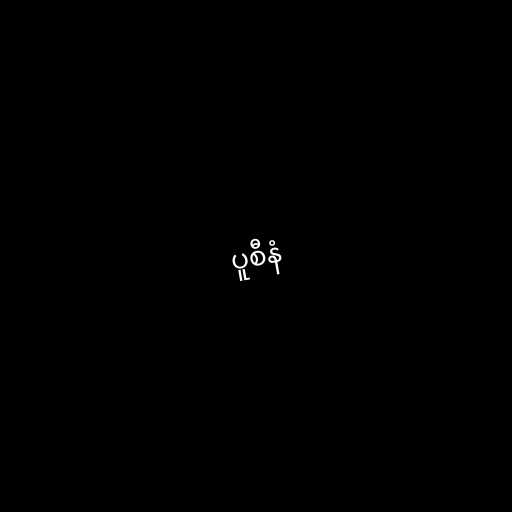
ပူစီနံ